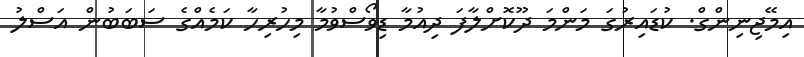
އިމޭޖިނިންގް. ކުޑައިރުގަ މަންމަ ދޫކޮށްލާފަ ދިއުމާ ޑިވޯސްވުމާ މިހުރިހާ ކަމެއްގެ ސަބަބުން އަސްލު